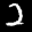
Label: 2